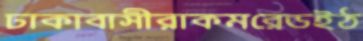
ঢাকাবাসীরাকমরেডইঠ